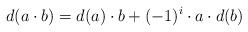
LaTeX: \begin{align*}d(a\cdot b) = d(a)\cdot b + (-1)^{i}\cdot a \cdot d(b)\end{align*}